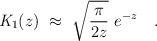
LaTeX: \begin{align*}{\mathit {K}}_{1}(z)~ \approx ~\sqrt {\frac {\pi}{2z}} ~ e^{-z} ~~~.\end{align*}